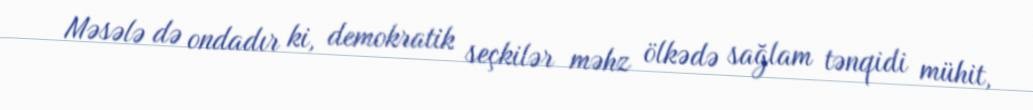
Məsələ də ondadır ki, demokratik seçkilər məhz ölkədə sağlam tənqidi mühit,